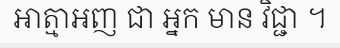
ឤត្មាអញ ជា អ្នក មាន វិជ្ជា ។